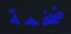
ضخمة